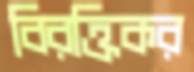
বিরক্তিকর